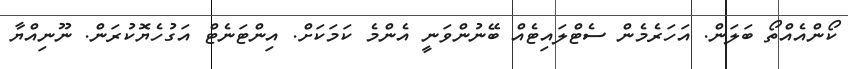
ކޯންއެއްތޯ ބަލަން. އަހަރެމެން ސެޓްލައިޓެއް ބޭނުންވަނީ އެންމެ ކަމަކަށް. އިންޓަނެޓް އަގުހެޔޮކުރަން. ނޫނިއްޔާ